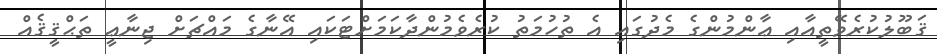
ޤަބޫލުކުރެވޭތީއާއި ޢާންމުންގެ މެދުގައި އެ ތުހުމަތު ކުރެވެމުންދާކަމަށްޓަކައި އޭނާގެ މައްޗަށް ޖިނާޢީ ތަޙްޤީޤެއް